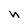
Character: n